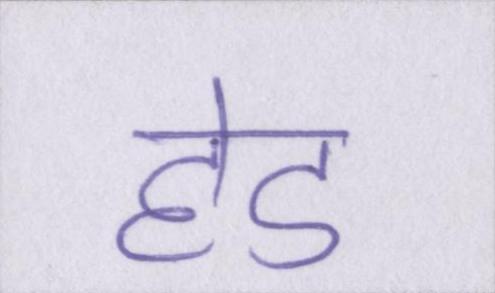
हेड